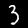
Digit: 3